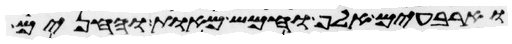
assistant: וארבעים אלף וחמש מאות והחנים